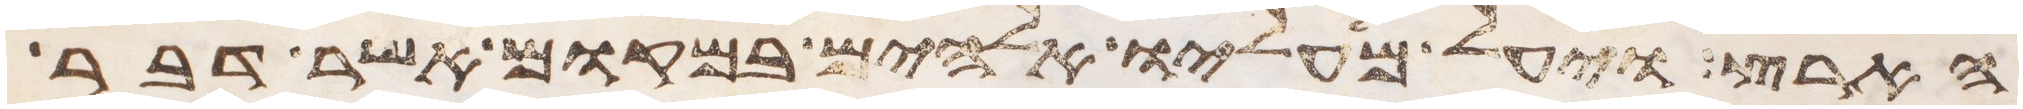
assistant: הארץ ויעל מעליו אלהים במקום אשר דבר